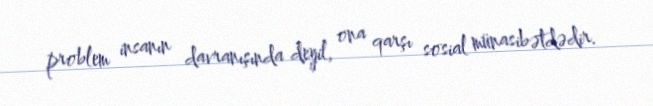
problem insanın davranışında deyil, ona qarşı sosial münasibətdədir.